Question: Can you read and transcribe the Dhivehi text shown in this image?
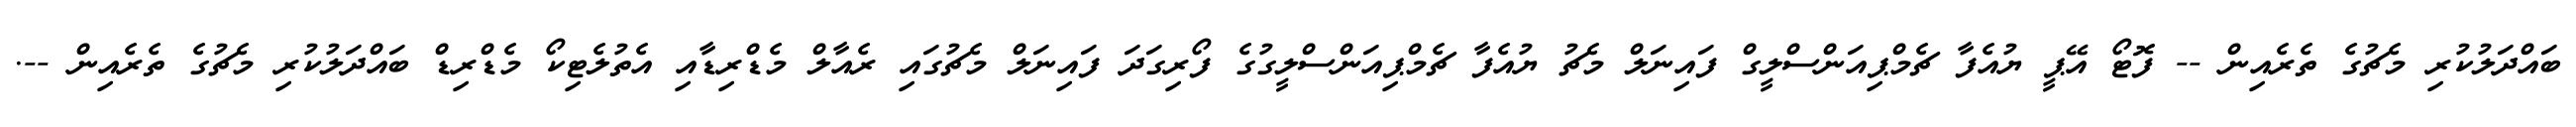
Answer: ބައްދަލުކުރި މެޗުގެ ތެރެއިން -- ފޮޓޯ އޭޕީ ޔުއެފާ ޗެމްޕިއަންސްލީގް ފައިނަލް މެޗު ޔުއެފާ ޗެމްޕިއަންސްލީގުގެ ފޯރިގަދަ ފައިނަލް މެޗުގައި ރެއާލް މެޑްރިޑާއި އެތުލެޓިކޯ މެޑްރިޑް ބައްދަލުކުރި މެޗުގެ ތެރެއިން --.